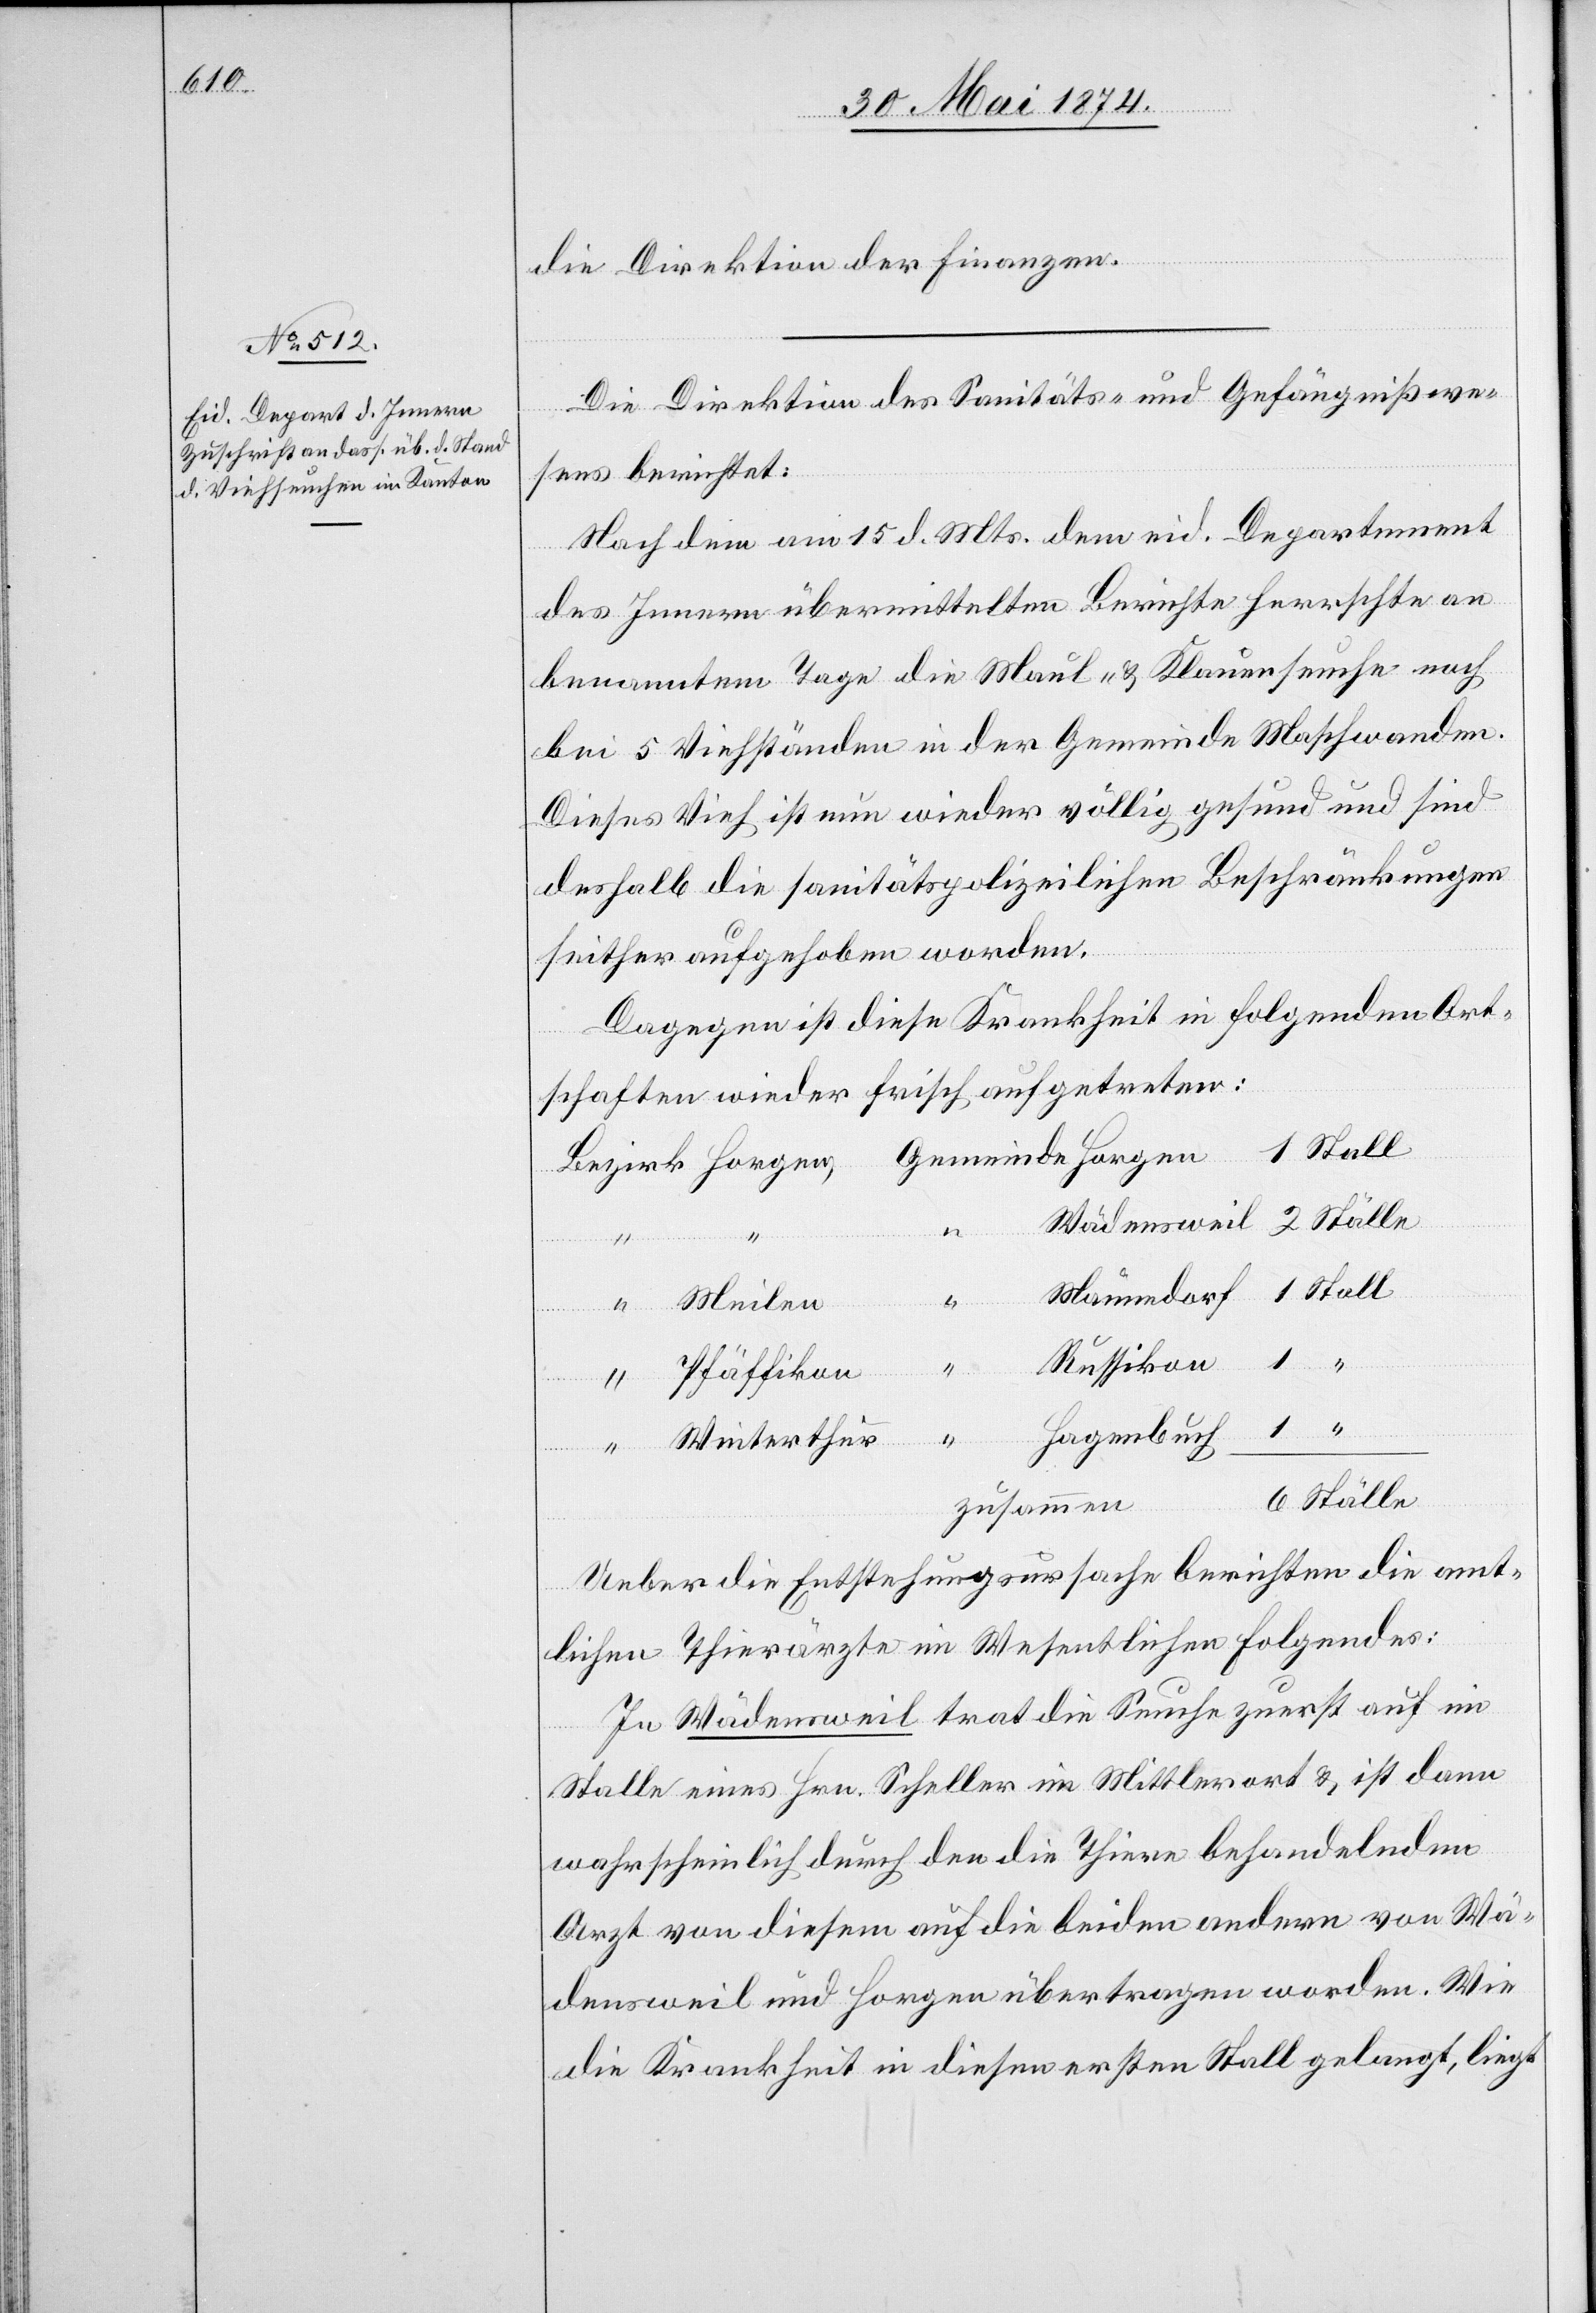
30. Mai 1874.]
die Direktion der Finanzen.
Die Direktion des Sanitäts- und Gefängnißwe¬
sens berichtet:
Nach dem am 15. d. Mts. dem eid. Departement
des Innern übermittelten Berichte herrschte an
benanntem Tage die Maul- u. Klauenseuche noch
bei 5 Viehständen in der Gemeinde Maschwanden.
Dieses Vieh ist nun wieder völlig gesund und sind
deshalb die sanitätspolizeilichen Beschränkungen
seither aufgehoben worden.
Dagegen ist diese Krankheit in folgenden Ort¬
schaften wieder frisch aufgetreten:
Wädensweil
6
Pfäffikon
Hagenbuch
1
“
Ställe
Ställe
zusammen
Ueber die Entstehungsursache berichten die amt¬
lichen Thierärzte im Wesentlichen Folgendes:
In Wädensweil trat die Seuche zuerst auf im
Stalle eines Hrn. Scheller im Mittlerort u. ist dann
wahrscheinlich durch den die Thiere behandelnden
Arzt von diesem auf die beiden andern von Wä¬
densweil und Horgen übertragen worden. Wie
die Krankheit in diesen ersten Stall gelangte, liegt